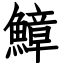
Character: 鱆